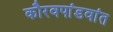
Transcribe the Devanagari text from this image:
कौरवपांडवांत